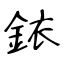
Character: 銥